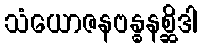
သံယောဇနဗန္ဓနစ္ဆိဒါ